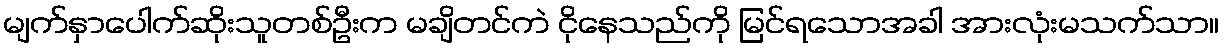
မျက်နှာပေါက်ဆိုးသူတစ်ဦးက မချိတင်ကဲ ငိုနေသည်ကို မြင်ရသောအခါ အားလုံးမသက်သာ။